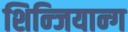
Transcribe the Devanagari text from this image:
शिन्जियान्ग